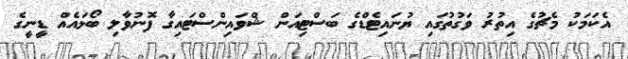
އެކަމަކު މެޗުގެ އިތުރު ވަގުތުގައި ޔުނައިޓެޑްގެ ބަސްޓިއަން ޝްވައިންސްޓައިގާ ފޮނުވާލި ބޯޅައެއް ޑީނީގެ